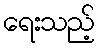
ရေးသည့်